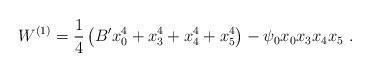
LaTeX: \begin{align*}W^{(1)} = {1\over 4} \left(B' x_0^4 + x_3^4 + x_4^4 + x_5^4\right) -\psi_0 x_0 x_3 x_4 x_5~.\end{align*}